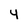
Character: 4